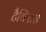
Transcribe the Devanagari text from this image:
टैक्सिस